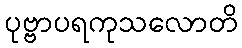
ပုဗ္ဗာပရကုသလောတိ